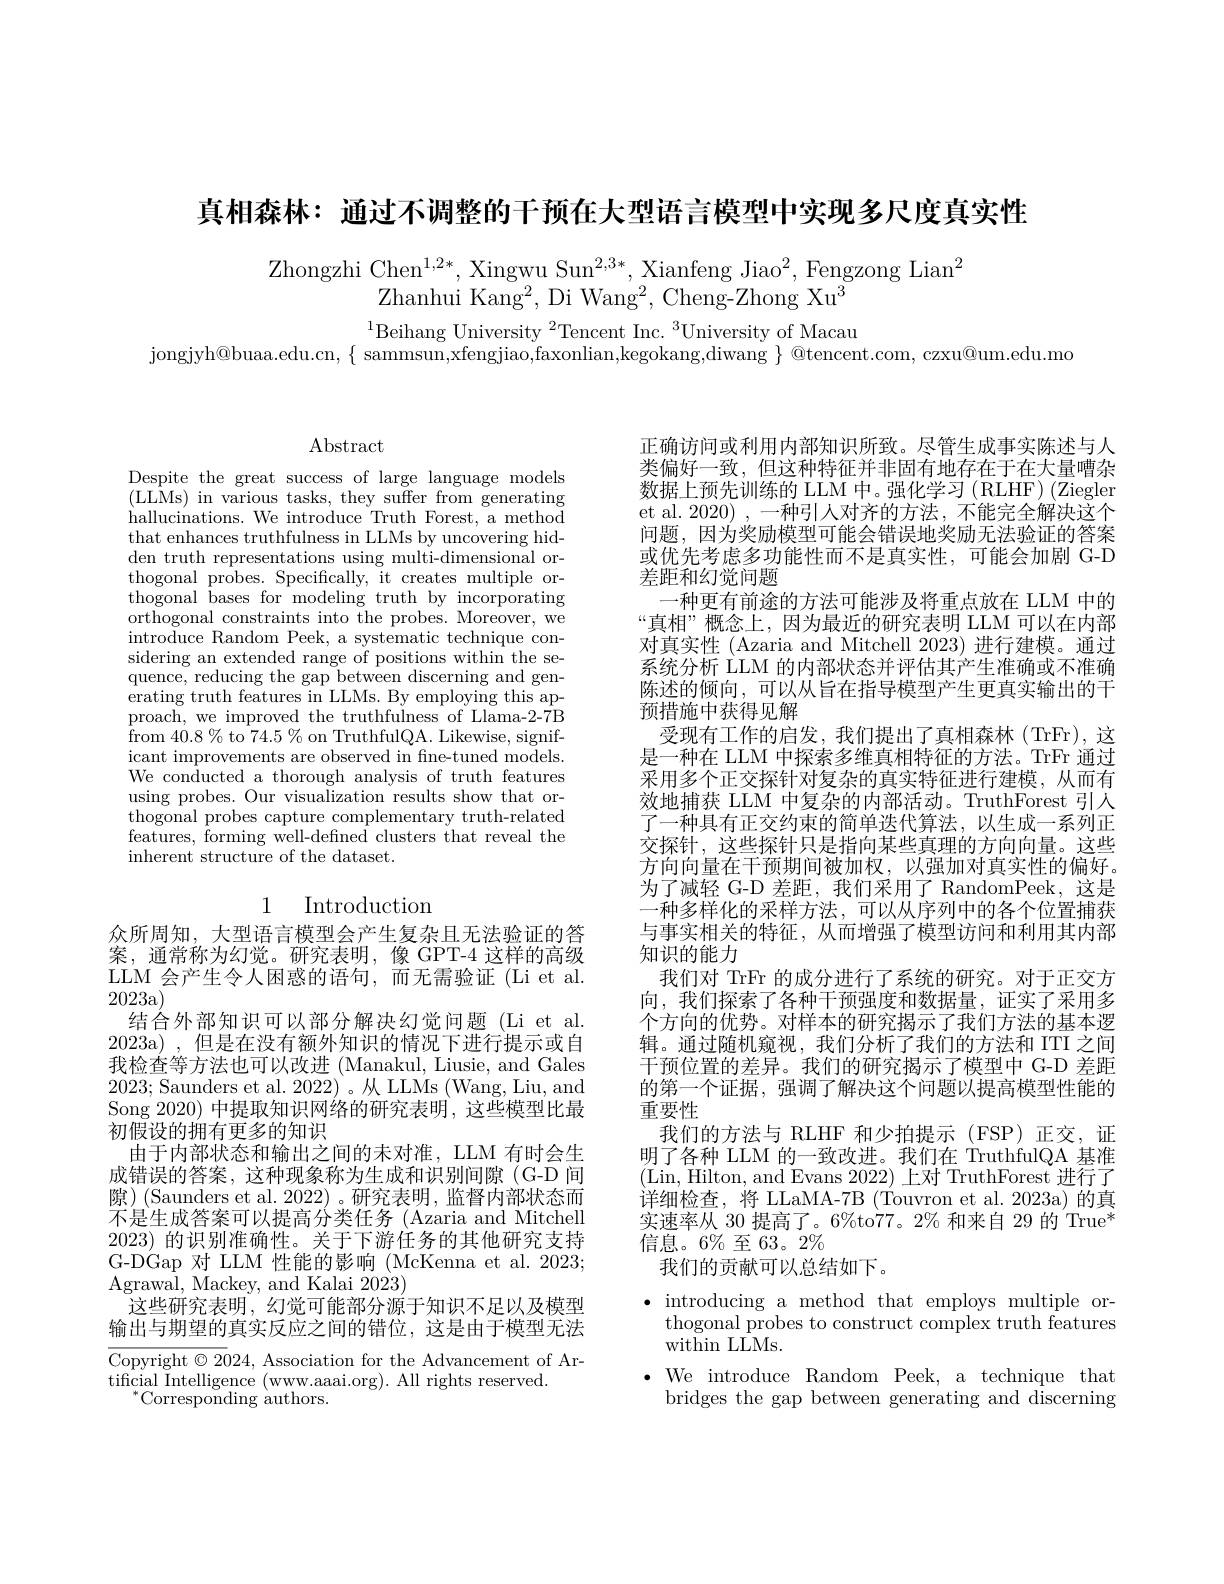
真相森林：通过不调整的干预在大型语言模型中实现多尺度真实性

Zhongzhi Chen$^1,2*$,Xingwu Sun$^{2,3*}$, Xianfeng Jiao$^2$,Fengzong Lian$^2$
Zhanhui Kan$g^{2}$, Di Wan$g^{2}$, Cheng- Zhong X$u^{3}$

$^{1}$Beihang University$^2$Tencent Inc.$^3$University of Macau
jongjyh@buaa.edu.cn, $\{$ sammsun,xfengjiao,faxonlian,kegokang,diwang $\}$ @tencent.com, czxu@um.edu.mo

## Abstract

Despite the great success of large language models $(\bar{\mathrm{LLMs}})$ in various tasks, they suffer from generating hallucinations. We introduce Truth Forest, a method that enhances truthfulness in LLMs by uncovering hidden truth representations using multi-dimensional orthogonal probes. Specifically, it creates multiple orthogonal bases for modeling truth by incorporating orthogonal constraints into the probes. Moreover, we introduce Random Peek, a systematic technique considering an extended range of positions within the sequence, reducing the gap between discerning and generating truth features in LLMs. By employing this approach, we improved the truthfulness of Llama-2-7B $\mathop{\mathrm{from~40.8~\%~to~74.5~\%~on~TruthfulQA.~Likewise,~signif-}}$ icant improvements are observed in fine-tuned models. We conducted a thorough analysis of truth features using probes. Our visualization results show that orthogonal probes capture complementary truth-related features, forming well-defined clusters that reveal the inherent structure of the dataset.

## 1 Introduction

众所周知，大型语言模型会产生复杂且无法验证的答案，通常称为幻觉。研究表明，像 GPT-4 这样的高级LLM 会产生令人困惑的语句，而无需验证(Li et al. 2023a)
结合外部知识可以部分解决幻觉问题(Li et al. 2023a),但是在没有额外知识的情况下进行提示或自我检查等方法也可以改进 (Manakul, Liusie, and Gales 2023; Saunders et al. 2022)。从 LLMs (Wang, Liu, and Song 2020) 中提取知识网络的研究表明，这些模型比最初假设的拥有更多的知识
由于内部状态和输出之间的未对准，LLM 有时会生成错误的答案，这种现象称为生成和识别间隙(G-D 间隙)(Saunders et al. 2022)。研究表明，监督内部状态而不是生成答案可以提高分类任务 (Azaria and Mitchell 2023)的识别准确性。关于下游任务的其他研究支持G-DGap 对 LLM 性能的影响 (McKenna et al. 2023; Agrawal, Mackey, and Kalai 2023)
这些研究表明，幻觉可能部分源于知识不足以及模型输出与期望的真实反应之间的错位，这是由于模型无法Copyright $\odot2024$, Association for the Advancement of Ar-

tificial Intelligence (www.aaai.org). All rights reserved
$^{*}$Corresponding authors.

正确访问或利用内部知识所致。尽管生成事实陈述与人类偏好一致，但这种特征并非固有地存在于在大量嘈杂数据上预先训练的 LLM 中。强化学习 (RLHF) (Ziegler et al. 2020) , 一种引人对齐的方法，不能完全解决这个问题，因为奖励模型可能会错误地奖励无法验证的答案或优先考虑多功能性而不是真实性，可能会加剧 G-D 差距和幻觉问题
一种更有前途的方法可能涉及将重点放在 LLM 中的“真相”概念上，因为最近的研究表明 LLM 可以在内部对真实性 (Azaria and Mitchell 2023) 进行建模。通过系统分析 LLM 的内部状态并评估其产生准确或不准确陈述的倾向，可以从旨在指导模型产生更真实输出的干预措施中获得见解
受现有工作的启发，我们提出了真相森林(TrFr),这是一种在 LLM 中探索多维真相特征的方法。TrFr 通过采用多个正交探针对复杂的真实特征进行建模，从而有效地捕获 LLM 中复杂的内部活动。TruthForest 引人了一种具有正交约束的简单迭代算法，以生成一系列正交探针，这些探针只是指向某些真理的方向向量。这些方向向量在干预期间被加权，以强加对真实性的偏好。为了减轻 G-D 差距，我们采用了 RandomPeek,这是一种多样化的采样方法，可以从序列中的各个位置捕获与事实相关的特征，从而增强了模型访问和利用其内部知识的能力
我们对 TrFr 的成分进行了系统的研究。对于正交方向，我们探索了各种干预强度和数据量，证实了采用多个方向的优势。对样本的研究揭示了我们方法的基本逻辑。通过随机窥视，我们分析了我们的方法和 ITI 之间干预位置的差异。我们的研究揭示了模型中 G-D 差距的第一个证据，强调了解决这个问题以提高模型性能的重要性
我们的方法与 RLHF 和少拍提示 (FSP)正交，证明了各种 LLM 的一致改进。我们在 TruthfulQA 基准(Lin, Hilton, and Evans 2022)上对 TruthForest 进行了详细检查，将 LLaMA-7B (Touvron et al. 2023a) 的真实速率从 30 提高了。6%to77。2% 和来自 29 的 True* 信息。6%至 63。2%
我们的贡献可以总结如下。
$\bullet$ introducing a method that employs multiple or-
thogonal probes to construct complex truth features
within LLMs.

$\bullet$ We introduce Random Peek, a technique that

bridges the gap between generating and discerning